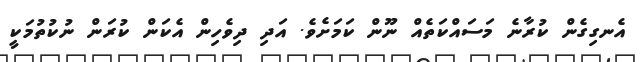
އެނގިގެން ކުރާނެ މަސައްކަތެއް ނޫން ކަމަށެވެ. އަދި ދިވެހިން އެކަން ކުރަން ނުކުތުމަކީ